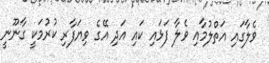
ވެލާގައި އަތްލުމާއި ވެލާ ފަޅައި ކައި އަދި އޭގެ ވިޔަފާރި ކުރުމަކީ ގާނޫނީ